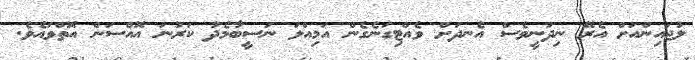
ލުޖައިންއަށް އެރޭ ނިދުނީވެސް އެނދަށް ވެއްޓިގަނެގެން އަމިއްލަ ނަސީބާމެދު ކަރުނަ އޮއްސަން އޮތްވައެވެ.